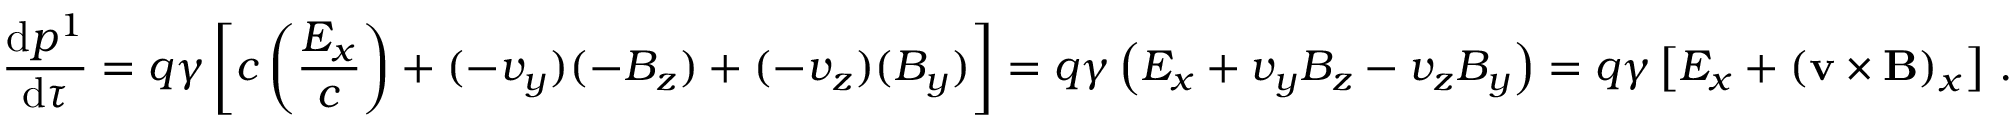
{ \frac { \mathrm { d } p ^ { 1 } } { \mathrm { d } \tau } } = q \gamma \left[ c \left( { \frac { E _ { x } } { c } } \right) + ( - v _ { y } ) ( - B _ { z } ) + ( - v _ { z } ) ( B _ { y } ) \right] = q \gamma \left( E _ { x } + v _ { y } B _ { z } - v _ { z } B _ { y } \right) = q \gamma \left[ E _ { x } + \left( \mathbf { v } \times \mathbf { B } \right) _ { x } \right] \, .